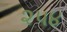
૨૫૪